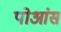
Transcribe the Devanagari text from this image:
पोआंस